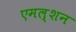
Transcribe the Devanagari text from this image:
एमल्शन